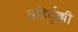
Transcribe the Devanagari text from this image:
बहिर्वृक्की